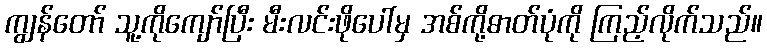
ကျွန်တော် သူ့ကိုကျော်ပြီး မီးလင်းဖိုပေါ်မှ အစ်ကို့ဓာတ်ပုံကို ကြည့်လိုက်သည်။